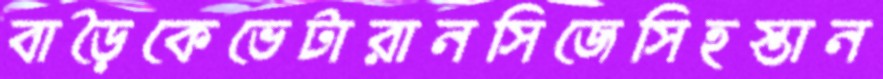
বাড়ৈকেভেটারানসিজেসিহস্তান